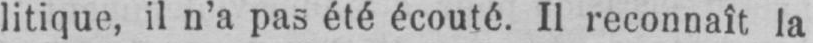
litique, il n’a pas été écouté. Il reconnaît la